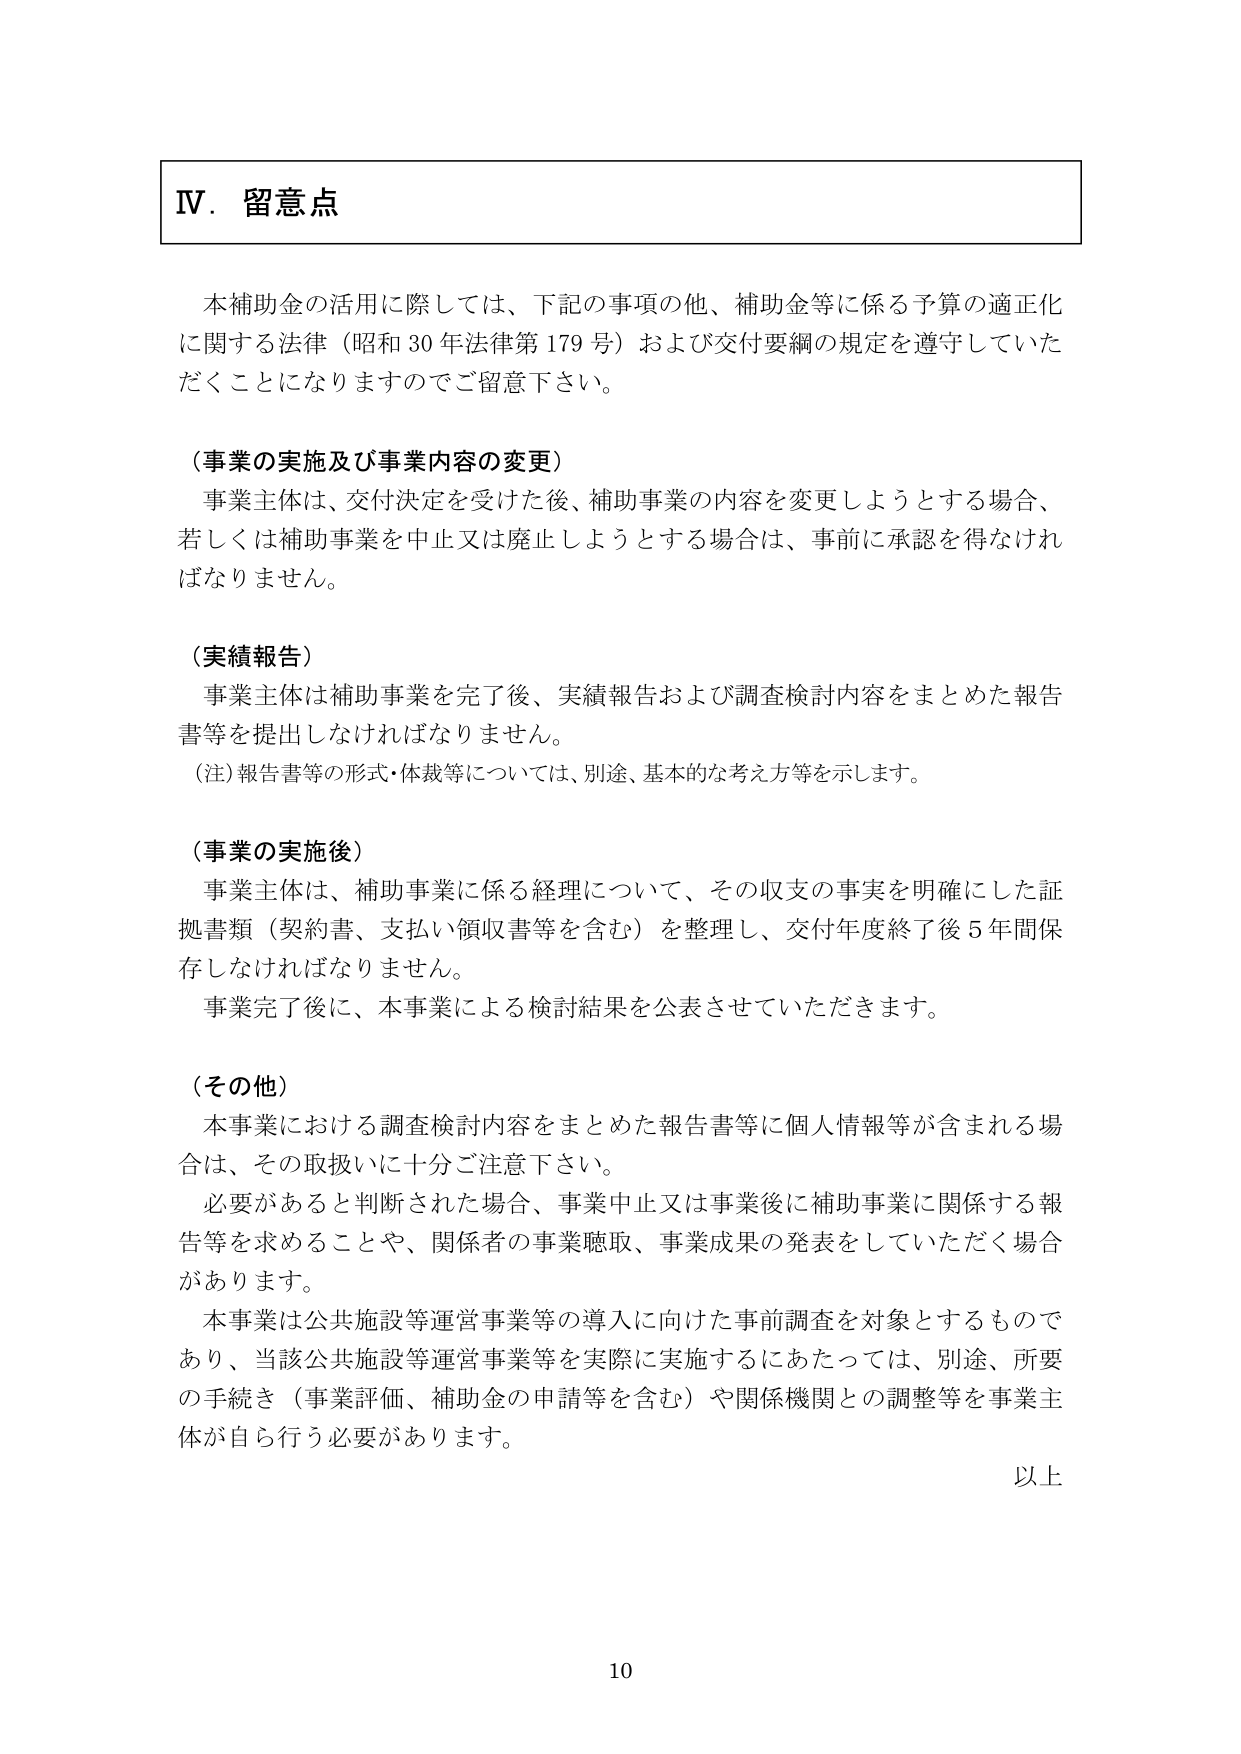
Ⅳ．留意点

本補助金の活用に際しては、下記の事項の他、補助金等に係る予算の適正化に関する法律（昭和30年法律第179号）および交付要綱の規定を遵守していただくことになりますのでご留意下さい。

（事業の実施及び事業内容の変更）
事業主体は、交付決定を受けた後、補助事業の内容を変更しようとする場合、若しくは補助事業を中止又は廃止しようとする場合は、事前に承認を得なければなりません。

（実績報告）
事業主体は補助事業を完了後、実績報告および調査検討内容をまとめた報告書等を提出しなければなりません。
（注）報告書等の形式・体裁等については、別途、基本的な考え方等を示します。

（事業の実施後）
事業主体は、補助事業に係る経理について、その収支の事実を明確にした証拠書類（契約書、支払い領収書等を含む）を整理し、交付年度終了後5年間保存しなければなりません。
事業完了後に、本事業による検討結果を公表させていただきます。

（その他）
本事業における調査検討内容をまとめた報告書等に個人情報等が含まれる場合は、その取扱いに十分ご注意下さい。
必要があると判断された場合、事業中止又は事業後に補助事業に関係する報告等を求めることや、関係者の事業聴取、事業成果の発表をしていただく場合があります。
本事業は公共施設等運営事業等の導入に向けた事前調査を対象とするものであり、当該公共施設等運営事業等を実際に実施するにあたっては、別途、所要の手続き（事業評価、補助金の申請等を含む）や関係機関との調整等を事業主体が自ら行う必要があります。

以上

10